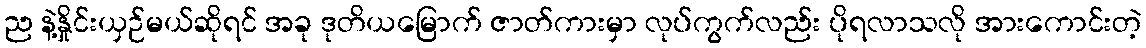
ည နဲ့နှိုင်းယှဉ်မယ်ဆိုရင် အခု ဒုတိယမြောက် ဇာတ်ကားမှာ လုပ်ကွက်လည်း ပိုရလာသလို အားကောင်းတဲ့